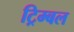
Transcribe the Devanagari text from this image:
ट्रिम्बल